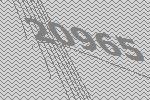
20965